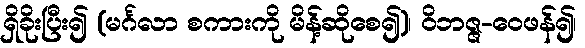
ရှိခိုးပြီး၍ (မင်္ဂလာ စကားကို မိန့်ဆိုစေ၍)၊ ဝိဘဇ္ဇ-ဝေဖန်၍၊